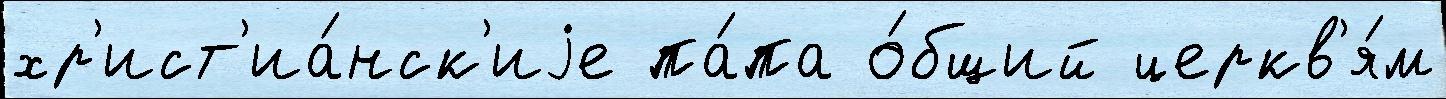
хр'ист'иа́нск'иjе па́па о́бщий церкв'я́м